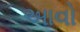
આવો